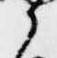
之